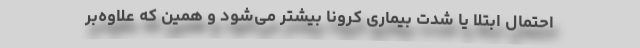
احتمال ابتلا یا شدت بیماری کرونا بیشتر می‌شود و همین که علاوه‌بر